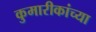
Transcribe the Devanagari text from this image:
कुमारीकांच्या